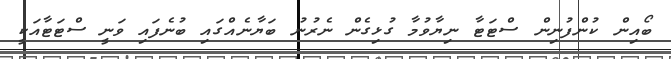
ބޯއިން ކުންފުނިން ސްޓަޓާ ނިޔާވުމާ ގުޅިގެން ނެރުނު ބަޔާނެއްގައި ބުނެފައި ވަނީ ސްޓަޓާއަކީ